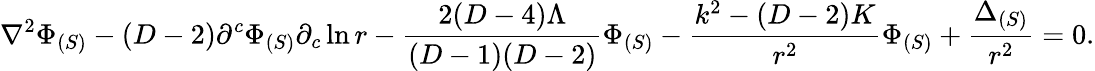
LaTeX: \nabla^{2}\Phi_{(S)}-(D-2)\partial^{c}\Phi_{(S)}\partial_{c}\ln r-\frac{2(D-4)\Lambda}{(D-1)(D-2)}\Phi_{(S)}-\frac{k^{2}-(D-2)K}{r^{2}}\Phi_{(S)}+\frac{\Delta_{(S)}}{r^{2}}=0.